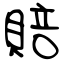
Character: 賠